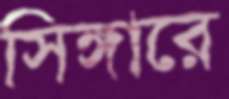
সিঙ্গারে